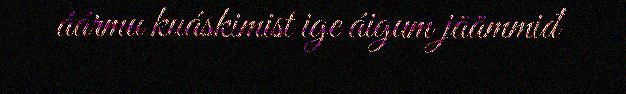
áármu kuáskimist ige áigum jäämmiđ